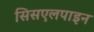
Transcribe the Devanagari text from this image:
सिसएलपाइन